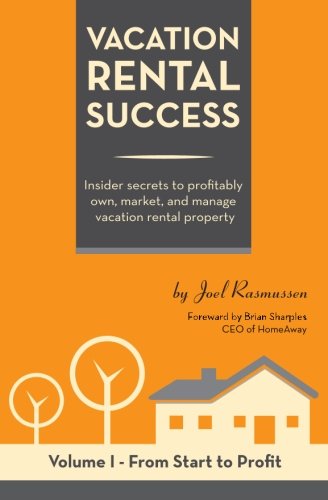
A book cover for Vacation Rental Success: Insider secrets to profitably own, market, and manage vacation rental property (From Start to Profit) (Volume 1); Joel Rasmussen; Business & Money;